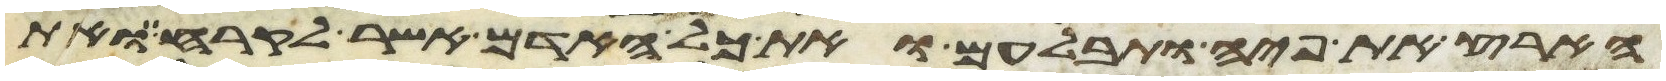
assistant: הארץ את פיה ותבלעם ואת כל האדם אשר לקרח ואת